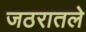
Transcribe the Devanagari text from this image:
जठरातले